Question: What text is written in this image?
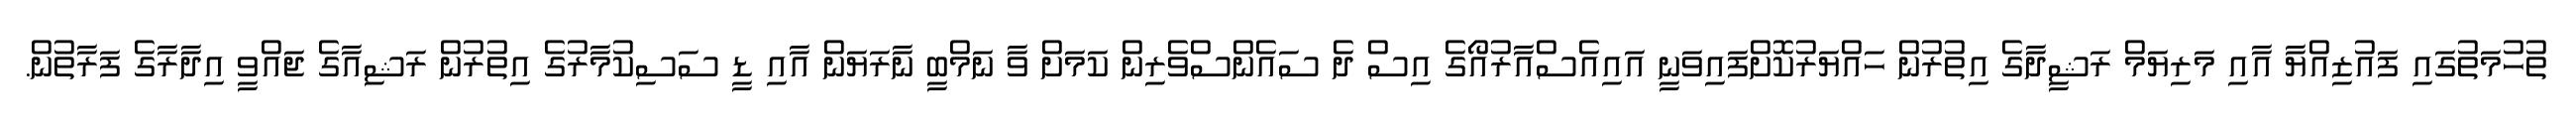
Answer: ތުހުމަތުގައި ފައުޒިއްޔާ އާއި މަރިޔަމް ރަޝީދާގެ އިތުރުން ހައްޔަރުކޮށްފައިވަނީ އައިއެސްއާރުއޯގެ އިސް ދެ ސައެންސްވެރިން ކަމަށް ވާ ނަމްބީ ނާރަޔަން އާއި ޑީ ސަސިކުމާރުގެ އިތުރުން ރަޝިއާގެ ޖައްވީ އިދާރާގެ ފަރާތުން.